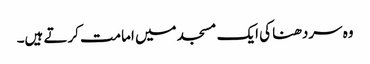
وہ سردھنا کی ایک مسجد میں امامت کرتے ہیں۔